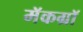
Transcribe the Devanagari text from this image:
मॅकग्रॉ